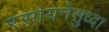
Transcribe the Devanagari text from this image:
रसायनेसुध्दा